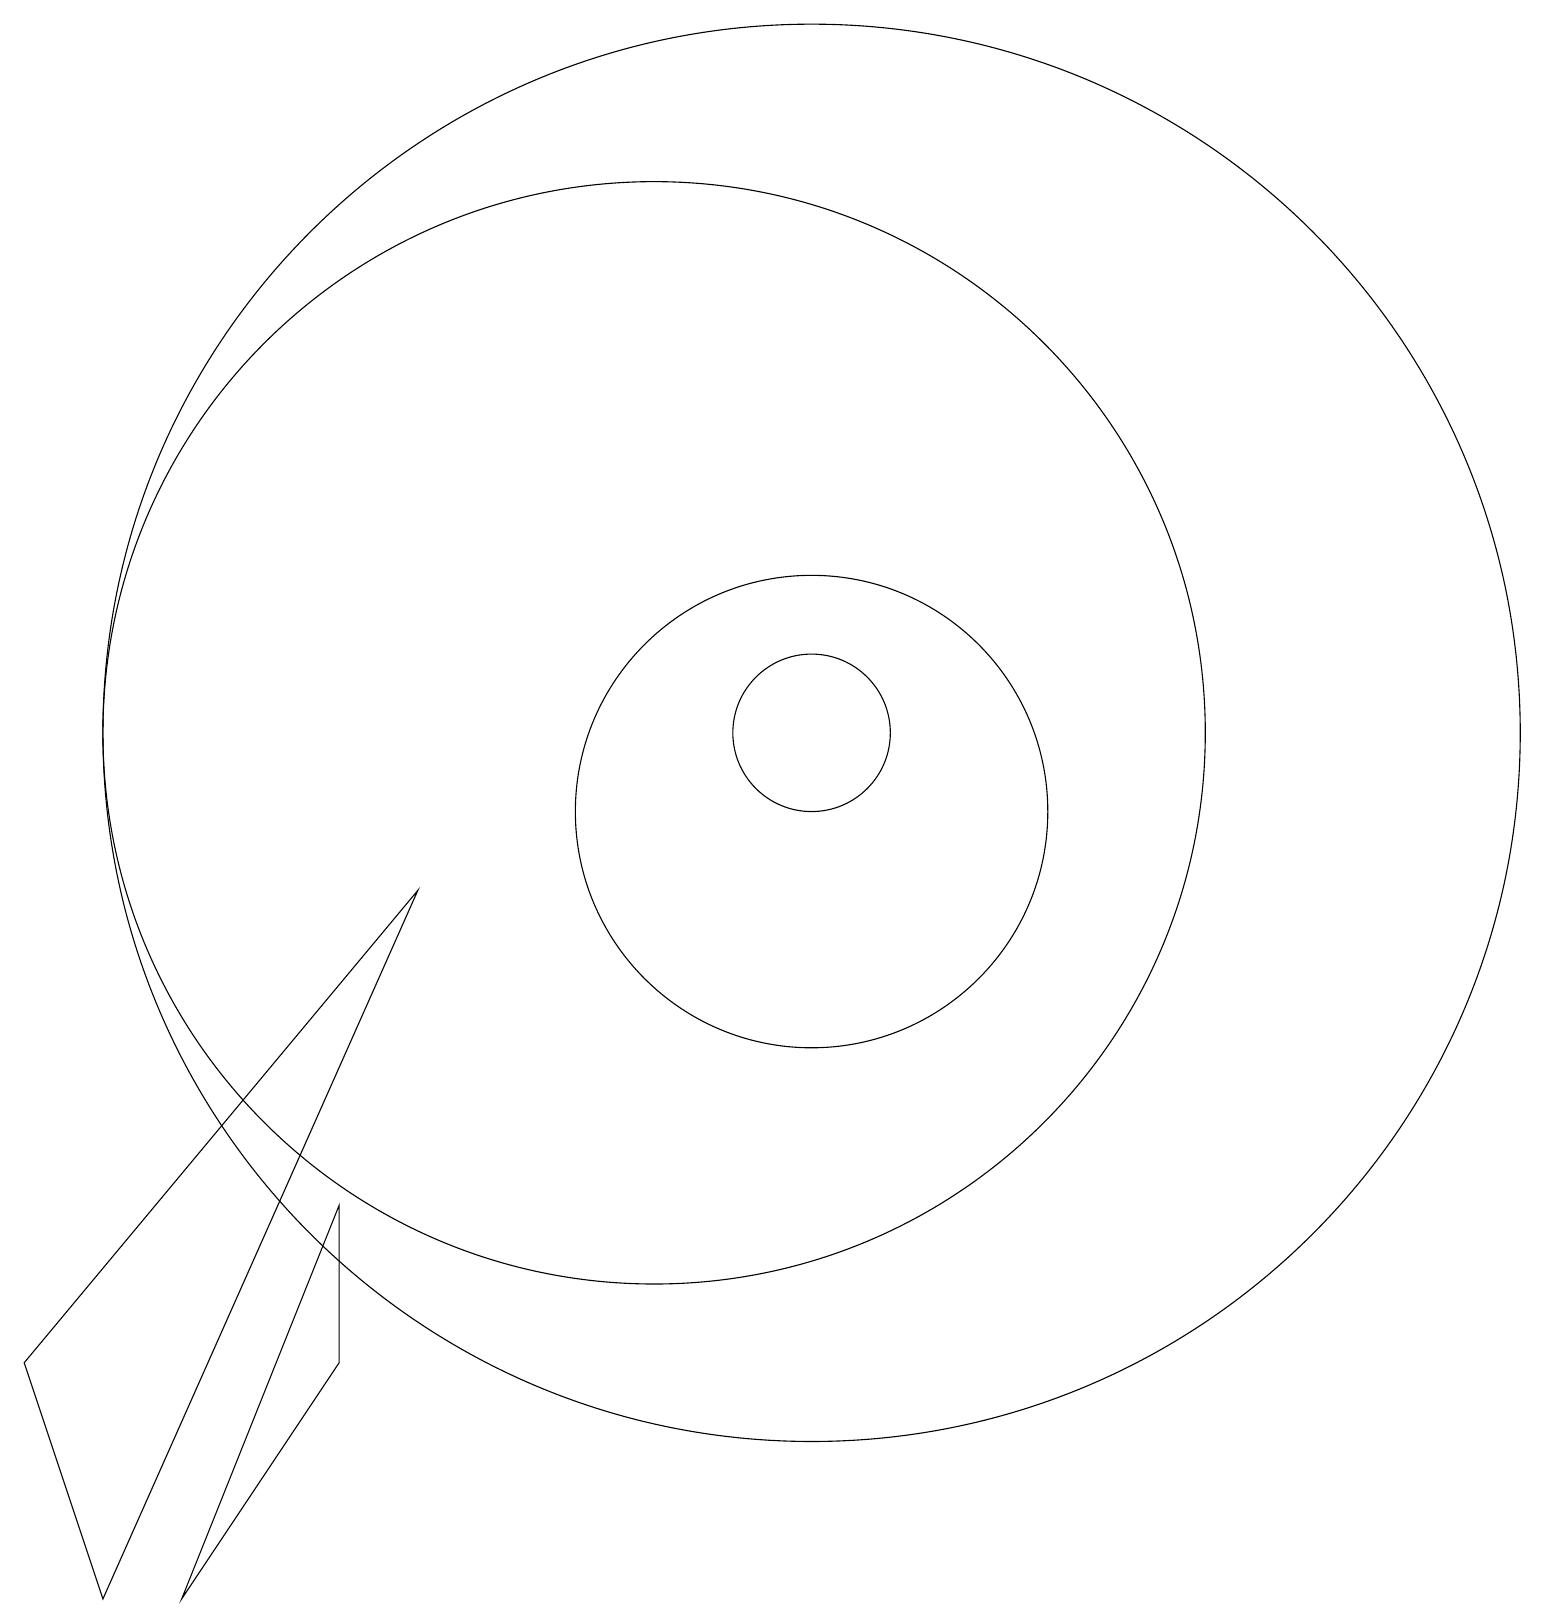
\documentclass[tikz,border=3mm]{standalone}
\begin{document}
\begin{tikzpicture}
\draw (12,11) circle (9);
\draw (12,11) circle (1);
\draw (10,11) circle (7);
\draw (3,0) -- (2,3) -- (7,9) -- cycle;
\draw (12,10) circle (3);
\draw (6,5) -- (6,3) -- (4,0) -- cycle;
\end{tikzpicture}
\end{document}